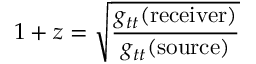
1 + z = { \sqrt { \frac { g _ { t t } ( { \mathrm { r e c e i v e r } } ) } { g _ { t t } ( { \mathrm { s o u r c e } } ) } } }